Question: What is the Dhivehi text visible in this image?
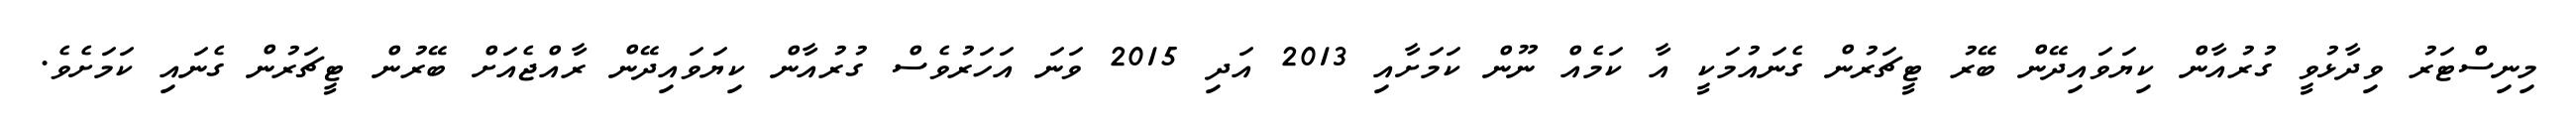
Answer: މިނިސްޓަރު ވިދާޅުވީ ގުރުއާން ކިޔަވައިދޭން ބޭރު ޓީޗަރުން ގެނައުމަކީ އާ ކަމެއް ނޫން ކަމަށާއި 2013 އަދި 2015 ވަނަ އަހަރުވެސް ގުރުއާން ކިޔަވައިދޭން ރާއްޖެއަށް ބޭރުން ޓީޗަރުން ގެނައި ކަމަށެވެ.